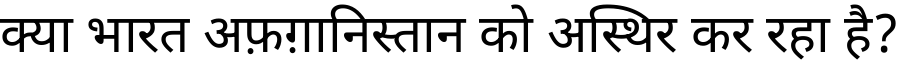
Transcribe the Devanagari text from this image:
क्या भारत अफ़ग़ानिस्तान को अस्थिर कर रहा है?